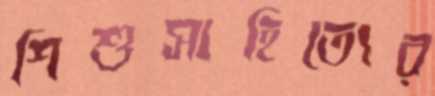
শিশুসাহিত্যের